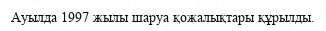
Ауылда 1997 жылы шаруа қожалықтары құрылды.